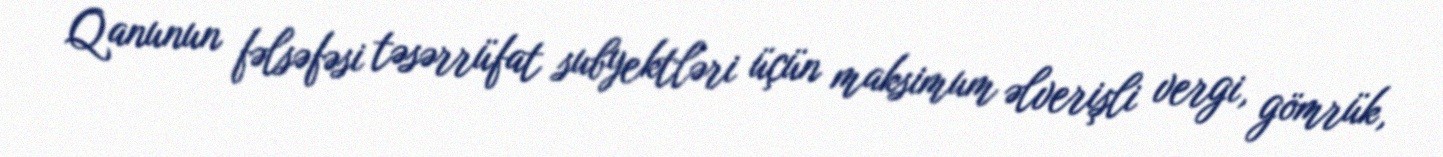
Qanunun fəlsəfəsi təsərrüfat subyektləri üçün maksimum əlverişli vergi, gömrük,